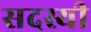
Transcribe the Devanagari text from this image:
सदस्यी